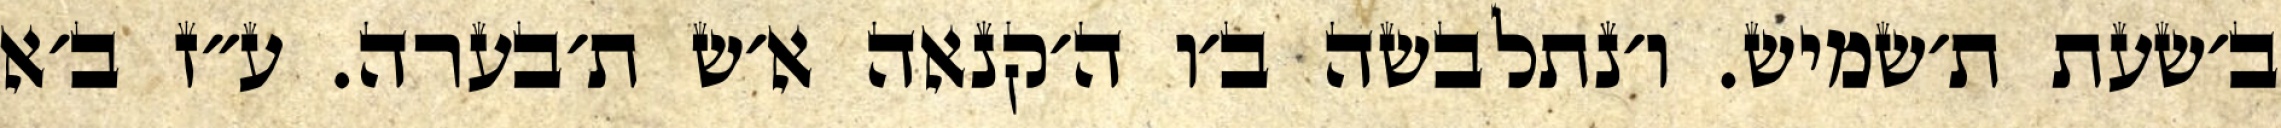
ב׳שעת ת׳שמיש. ו׳נתלבשה ב׳ו ה׳קנאה א׳ש ת׳בערה. ע״ז ב׳א